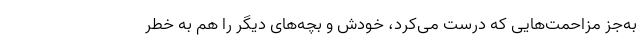
به‌جز مزاحمت‌هایی که درست می‌کرد، خودش و بچه‌های دیگر را هم به خطر